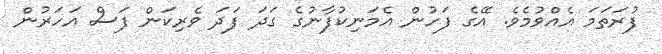
ފުރަތަމަ އެއްވުމެވެ. އޭގެ ފަހުން އެމަނިކުފާނުގެ ގަދަ ފަދަ ވެރިކަން ފަސް އަހަރުން